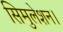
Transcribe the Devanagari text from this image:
सिमुलेशन।